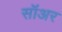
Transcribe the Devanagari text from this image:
सॉअर